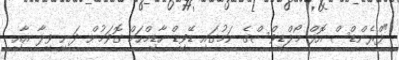
"ފްރެންޑްސް އޮފް މޯލްޑިވްސްގެ ނަމުގައި ޑޭވިޑް ހާޑިމްހަމް ގޮވަމުން ދަނީ ވިލާ އާއި